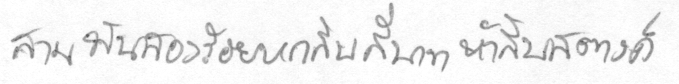
สามพันสองร้อยหกสิบสี่บาทห้าสิบสตางค์